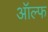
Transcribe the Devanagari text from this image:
ऑल्फ